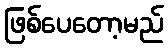
ဖြစ်ပေတော့မည်